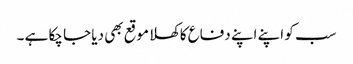
سب کو اپنے اپنے دفاع کاکھلا موقع بھی دیا جا چکا ہے ۔